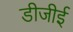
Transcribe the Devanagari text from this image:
डीजीई